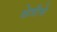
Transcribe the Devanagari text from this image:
क्षेत्रीचे